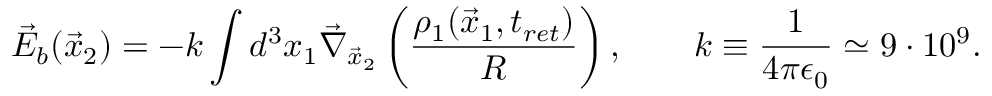
\vec { E } _ { b } ( \vec { x } _ { 2 } ) = - k \int d ^ { 3 } x _ { 1 } \vec { \nabla } _ { \vec { x } _ { 2 } } \left( \frac { \rho _ { 1 } ( \vec { x } _ { 1 } , t _ { r e t } ) } { R } \right) , \qquad k \equiv \frac { 1 } { 4 \pi \epsilon _ { 0 } } \simeq 9 \cdot 1 0 ^ { 9 } .